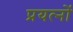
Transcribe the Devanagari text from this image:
प्रयत्‍नों